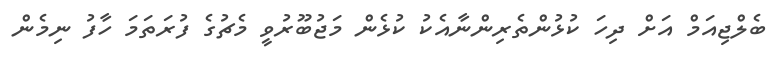
ބެލްޖިއަމް އަށް ދިހަ ކުޅުންތެރިންނާއެކު ކުޅެން މަޖުބޫރުވީ މެޗުގެ ފުރަތަމަ ހާފު ނިމެން